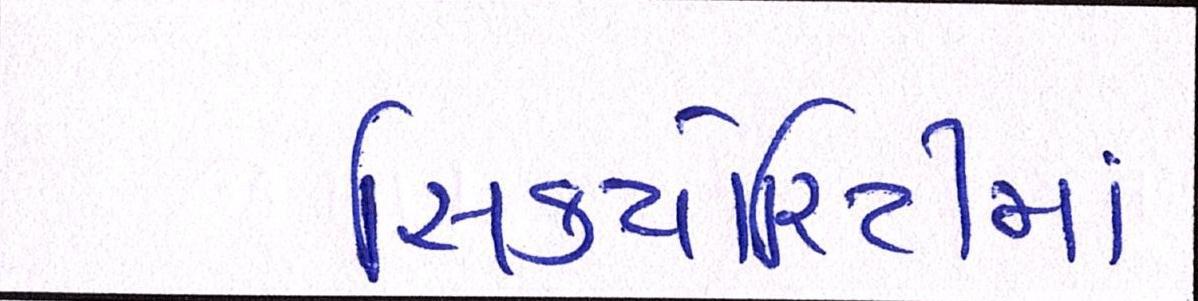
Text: સિક્યોરિટીમાં